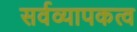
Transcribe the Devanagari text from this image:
सर्वव्यापकत्व